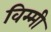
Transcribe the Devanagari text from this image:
विम्मी